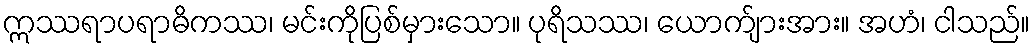
ဣဿရာပရာဓိကဿ၊ မင်းကိုပြစ်မှားသော။ ပုရိသဿ၊ ယောက်ျားအား။ အဟံ၊ ငါသည်။